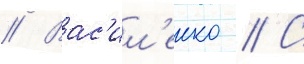
// Вас'ил'енко // С